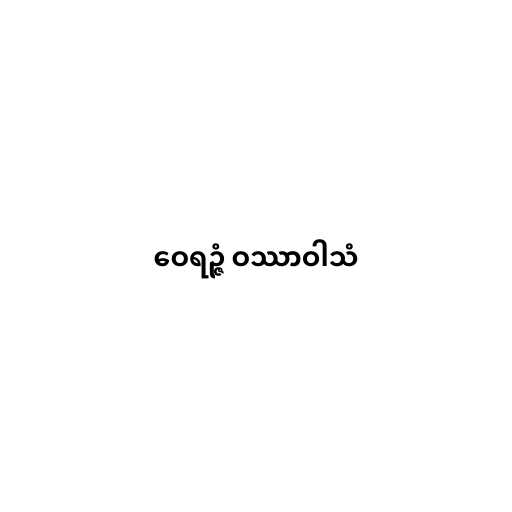
ဝေရဉ္ဇံ ဝဿာဝါသံ